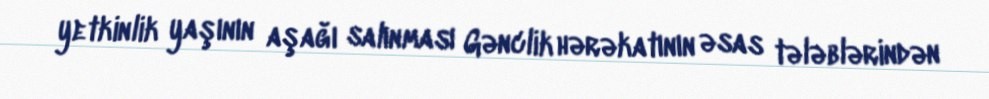
yetkinlik yaşının aşağı salınması Gənclik hərəkatının əsas tələblərindən